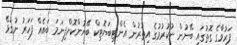
ފަރުވާގެ ގޮތުގައި ބޭނުން ނުކުރުމުގެ އިތުރުން އެންޓިބަޔޮޓިކް ބޭނުންކޮށްފިނަމަ ބައެއް ފަހަރު ނުގުޅޭ